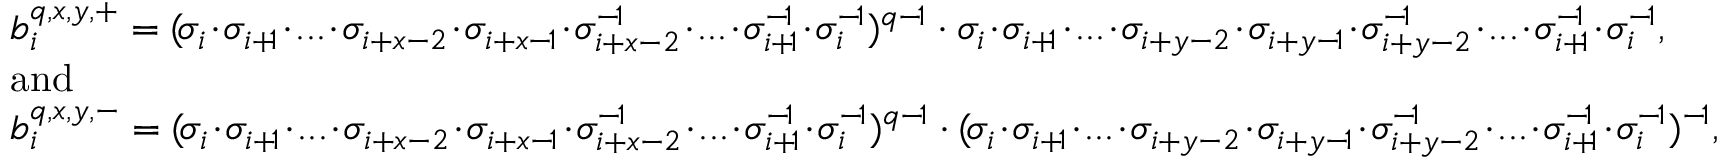
\begin{array} { l } { b _ { i } ^ { q , x , y , + } = ( \! \sigma _ { i } \! \cdot \! \sigma _ { i + \! 1 } \! \cdot \! . . . \! \cdot \! \sigma _ { i + x - 2 } \! \cdot \! \sigma _ { i + x - \! 1 } \! \cdot \! \sigma _ { i + x - 2 } ^ { - \! 1 } \! \cdot \! . . . \! \cdot \! \sigma _ { i + \! 1 } ^ { - \! 1 } \! \cdot \! \sigma _ { i } ^ { - \! 1 } ) ^ { q - \! 1 } \cdot \sigma _ { i } \! \cdot \! \sigma _ { i + \! 1 } \! \cdot \! . . . \! \cdot \! \sigma _ { i + y - 2 } \! \cdot \! \sigma _ { i + y - \! 1 } \! \cdot \! \sigma _ { i + y - 2 } ^ { - \! 1 } \! \cdot \! . . . \! \cdot \! \sigma _ { i + \! 1 } ^ { - \! 1 } \! \cdot \! \sigma _ { i } ^ { - \! 1 } , } \\ { \mathrm { a n d } } \\ { b _ { i } ^ { q , x , y , - } = ( \! \sigma _ { i } \! \cdot \! \sigma _ { i + \! 1 } \! \cdot \! . . . \! \cdot \! \sigma _ { i + x - 2 } \! \cdot \! \sigma _ { i + x - \! 1 } \! \cdot \! \sigma _ { i + x - 2 } ^ { - \! 1 } \! \cdot \! . . . \! \cdot \! \sigma _ { i + \! 1 } ^ { - \! 1 } \! \cdot \! \sigma _ { i } ^ { - \! 1 } ) ^ { q - \! 1 } \cdot ( \! \sigma _ { i } \! \cdot \! \sigma _ { i + \! 1 } \! \cdot \! . . . \! \cdot \! \sigma _ { i + y - 2 } \! \cdot \! \sigma _ { i + y - \! 1 } \! \cdot \! \sigma _ { i + y - 2 } ^ { - \! 1 } \! \cdot \! . . . \! \cdot \! \sigma _ { i + \! 1 } ^ { - \! 1 } \! \cdot \! \sigma _ { i } ^ { - \! 1 } ) ^ { - \! 1 } , } \end{array}